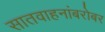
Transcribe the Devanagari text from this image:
सातवाहनांबरोबर